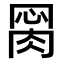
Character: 𦛂